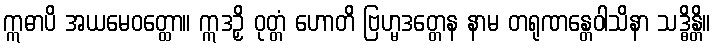
ဣဓာပိ အယမေဝတ္ထော။ ဣဒဉှိ ဝုတ္တံ ဟောတိ ဗြဟ္မဒတ္တေန နာမ တရုဏန္တေဝါသိနာ သဒ္ဓိန္တိ။